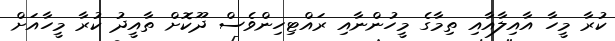
ކުރާ މީހާ އާއިލާއާއި ތިމާގެ މީހުންނާއި ރައްޓިހިންވެސް ދޫކޮށް ތާއީދު ކުރާ މީހާއަށް